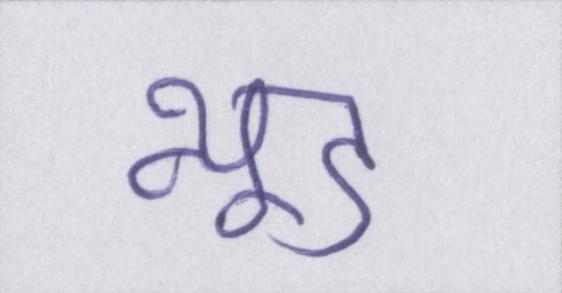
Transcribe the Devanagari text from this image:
न्यूड